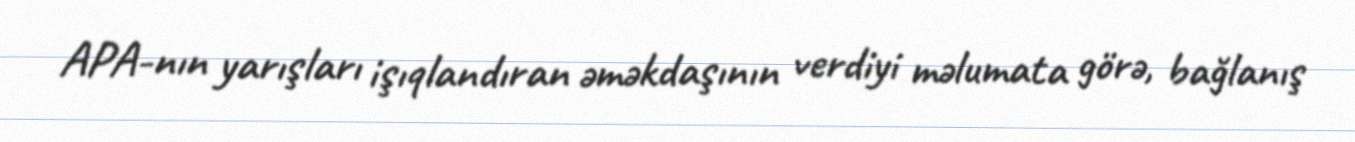
APA-nın yarışları işıqlandıran əməkdaşının verdiyi məlumata görə, bağlanış